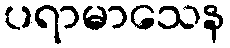
ပရာမာသေန